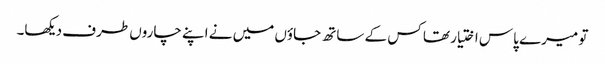
تو میرے پاس اختیار تھا کس کے ساتھ جاؤں میں نے اپنے چاروں طرف دیکھا۔